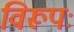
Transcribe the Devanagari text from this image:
विरूपः